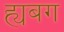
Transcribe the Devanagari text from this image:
ह्यबग